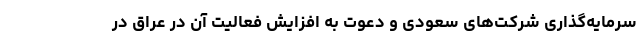
سرمایه‌گذاری شرکت‌های سعودی و دعوت به افزایش فعالیت آن در عراق در